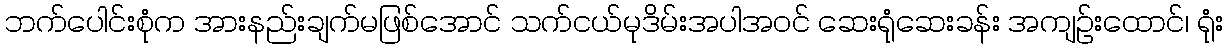
ဘက်ပေါင်းစုံက အားနည်းချက်မဖြစ်အောင် သက်ငယ်မုဒိမ်းအပါအဝင် ဆေးရုံဆေးခန်း အကျဉ်းထောင်၊ ရုံး